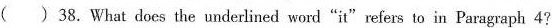
()38.What does the underlined word"it"refers to in Paragraph 4?